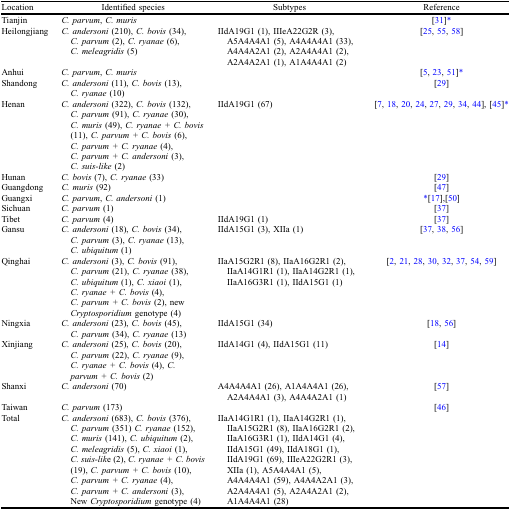
<table><thead><tr><td><b>Location</b></td><td><b>Identified species</b></td><td><b>Subtypes</b></td><td><b>Reference</b></td></tr></thead><tbody><tr><td>Tianjin</td><td><i>C. parvum</i>, <i>C. muris</i></td><td></td><td>[31]*</td></tr><tr><td>Heilongjiang</td><td><i>C. andersoni</i> (210), <i>C. bovis</i> (34), <i>C. parvum</i> (2), <i>C. ryanae</i> (6), <i>C. meleagridis</i> (5)</td><td>IIdA19G1 (1), IIIeA22G2R (3), A5A4A4A1 (5), A4A4A4A1 (33), A4A4A2A1 (2), A2A4A4A1 (2), A2A4A2A1 (1), A1A4A4A1 (2)</td><td>[25, 55, 58]</td></tr><tr><td>Anhui</td><td><i>C. parvum</i>, <i>C. muris</i></td><td></td><td>[5, 23, 51]*</td></tr><tr><td>Shandong</td><td><i>C. andersoni</i> (11), <i>C. bovis</i> (13), <i>C. ryanae</i> (10)</td><td></td><td>[29]</td></tr><tr><td>Henan</td><td><i>C. andersoni</i> (322), <i>C. bovis</i> (132), <i>C. parvum</i> (91), <i>C. ryanae</i> (30), <i>C. muris</i> (49), <i>C. ryanae + C. bovis</i> (11), <i>C. parvum + C. bovis</i> (6), <i>C. parvum + C. ryanae</i> (4), <i>C. parvum + C. andersoni</i> (3), <i>C. suis-like</i> (2)</td><td>IIdA19G1 (67)</td><td>[7, 18, 20, 24, 27, 29, 34, 44], [45]*</td></tr><tr><td>Hunan</td><td><i>C. bovis</i> (7), <i>C. ryanae</i> (33)</td><td></td><td>[29]</td></tr><tr><td>Guangdong</td><td><i>C. muris</i> (92)</td><td></td><td>[47]</td></tr><tr><td>Guangxi</td><td><i>C. parvum</i>, <i>C. andersoni</i> (1)</td><td></td><td>*[17],[50]</td></tr><tr><td>Sichuan</td><td><i>C. parvum</i> (1)</td><td></td><td>[37]</td></tr><tr><td>Tibet</td><td><i>C. parvum</i> (4)</td><td>IIdA19G1 (1)</td><td>[37]</td></tr><tr><td>Gansu</td><td><i>C. andersoni</i> (18), <i>C. bovis</i> (34), <i>C. parvum</i> (3), <i>C. ryanae</i> (13), <i>C. ubiquitum</i> (1)</td><td>IIdA15G1 (3), XIIa (1)</td><td>[37, 38, 56]</td></tr><tr><td>Qinghai</td><td><i>C. andersoni</i> (3), <i>C. bovis</i> (91), <i>C. parvum</i> (21), <i>C. ryanae</i> (38), <i>C. ubiquitum</i> (1), <i>C. xiaoi</i> (1), <i>C. ryanae + C. bovis</i> (4), <i>C. parvum + C. bovis</i> (2), new <i>Cryptosporidium</i> genotype (4)</td><td>IIaA15G2R1 (8), IIaA16G2R1 (2), IIaA14G1R1 (1), IIaA14G2R1 (1), IIaA16G3R1 (1), IIdA15G1 (1)</td><td>[2, 21, 28, 30, 32, 37, 54, 59]</td></tr><tr><td>Ningxia</td><td><i>C. andersoni</i> (23), <i>C. bovis</i> (45), <i>C. parvum</i> (34), <i>C. ryanae</i> (13)</td><td>IIdA15G1 (34)</td><td>[18, 56]</td></tr><tr><td>Xinjiang</td><td><i>C. andersoni</i> (25), <i>C. bovis</i> (20), <i>C. parvum</i> (22), <i>C. ryanae</i> (9), <i>C. ryanae + C. bovis</i> (4), <i>C. parvum + C. bovis</i> (2)</td><td>IIdA14G1 (4), IIdA15G1 (11)</td><td>[14]</td></tr><tr><td>Shanxi</td><td><i>C. andersoni</i> (70)</td><td>A4A4A4A1 (26), A1A4A4A1 (26), A2A4A4A1 (3), A4A4A2A1 (1)</td><td>[57]</td></tr><tr><td>Taiwan</td><td><i>C. parvum</i> (173)</td><td></td><td>[46]</td></tr><tr><td>Total</td><td><i>C. andersoni</i> (683), <i>C. bovis</i> (376), <i>C. parvum</i> (351) <i>C. ryanae</i> (152), <i>C. muris</i> (141), <i>C. ubiquitum</i> (2), <i>C. meleagridis</i> (5), <i>C. xiaoi</i> (1), <i>C. suis-lik</i>e (2), <i>C. ryanae + C. bovis</i> (19), <i>C. parvum + C. bovis</i> (10), <i>C. parvum + C. ryanae</i> (4), <i>C. parvum + C. andersoni</i> (3), New <i>Cryptosporidium</i> genotype (4)</td><td>IIaA14G1R1 (1), IIaA14G2R1 (1), IIaA15G2R1 (8), IIaA16G2R1 (2), IIaA16G3R1 (1), IIdA14G1 (4), IIdA15G1 (49), IIdA18G1 (1), IIdA19G1 (69), IIIeA22G2R1 (3), XIIa (1), A5A4A4A1 (5), A4A4A4A1 (59), A4A4A2A1 (3), A2A4A4A1 (5), A2A4A2A1 (2), A1A4A4A1 (28)</td><td></td></tr></tbody></table>